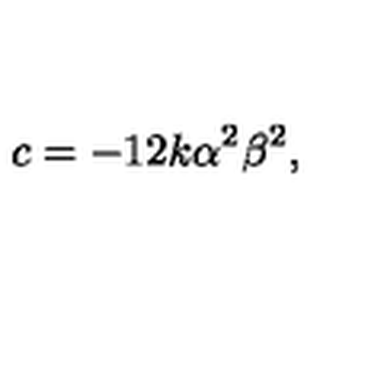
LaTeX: c = { - 1 2 k \alpha ^ { 2 } \beta ^ { 2 } } ,